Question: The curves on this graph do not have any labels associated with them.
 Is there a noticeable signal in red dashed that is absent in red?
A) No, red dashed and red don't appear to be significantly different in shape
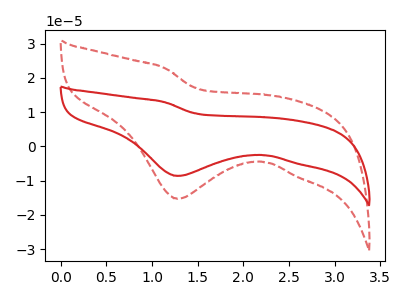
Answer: <think>The red curve "red" has a cathodic peak at: (1.30V, -8.60uA). The red dashed curve "red dashed" has a cathodic peak at: (1.30V, -15.30uA).
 All the peaks in "red dashed" have a peak in "red" at the same potential. Every peak in "red dashed" is higher than every peak in "red".</think>
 <answer>A) No, "red dashed" and "red" don't appear to be significantly different in shape</answer>
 <eval>A</eval>